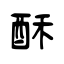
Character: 酥